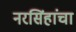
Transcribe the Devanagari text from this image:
नरसिंहांचा